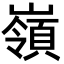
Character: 嶺